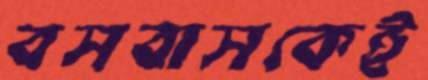
বসবাসকেই